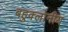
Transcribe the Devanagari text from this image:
बहुक्लोनीय